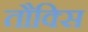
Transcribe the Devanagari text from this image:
तौक्सि